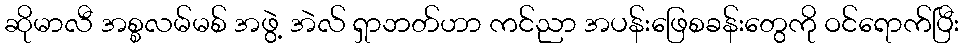
ဆိုမာလီ အစ္စလမ်မစ် အဖွဲ့ အဲလ် ရှာဘတ်ဟာ ကင်ညာ အပန်းဖြေစခန်းတွေကို ဝင်ရောက်ပြီး